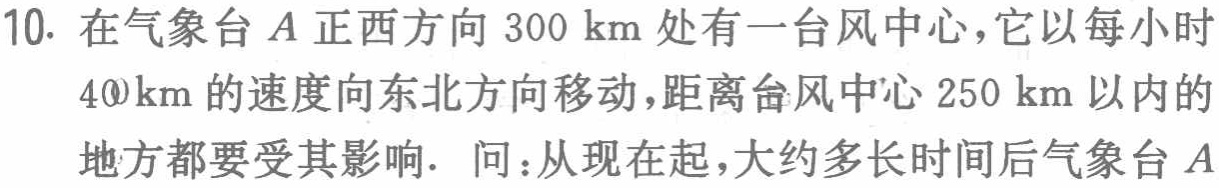
10. 在气象台\(A\)正西方向\(300\mathrm{km}\)处有一台风中心，它以每小时\(40\mathrm{km}\)的速度向东北方向移动，距离台风中心\(250\mathrm{km}\)以内的地方都要受其影响. 问：从现在起，大约多长时间后气象台\(A\)